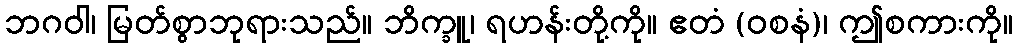
ဘဂဝါ၊ မြတ်စွာဘုရားသည်။ ဘိက္ခူ၊ ရဟန်းတို့ကို။ ဧတံ (ဝစနံ)၊ ဤစကားကို။